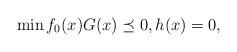
LaTeX: \begin{align*} \min f_0(x) G(x) \preceq 0, h(x) = 0,\end{align*}